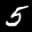
Label: 5